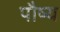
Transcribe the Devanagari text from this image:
पौष्य